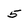
Character: 5